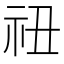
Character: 𬒰